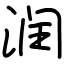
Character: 润